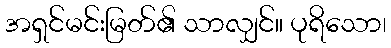
အရှင်မင်းမြတ်၏ သာလျှင်။ ပုရိသော၊